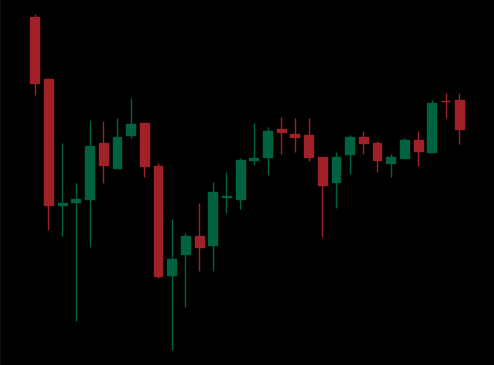
Pattern: inverse_head_shoulders